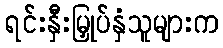
ရင်းနှီးမြှုပ်နှံသူများက